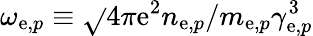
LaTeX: \omega_{\mathrm{e},p}\equiv\sqrt{}{{4\pi\mathrm{e}^{2}n_{\mathrm{e},p}/m_{\mathrm{e},p}\gamma_{\mathrm{e},p}^{3}}}